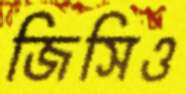
জিসিও